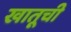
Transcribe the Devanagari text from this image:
खातूची